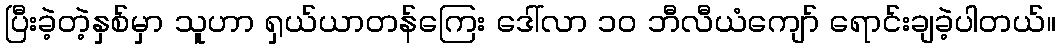
ပြီးခဲ့တဲ့နှစ်မှာ သူဟာ ရှယ်ယာတန်ကြေး ဒေါ်လာ ၁၀ ဘီလီယံကျော် ရောင်းချခဲ့ပါတယ်။